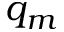
q _ { m }